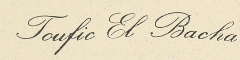
Toufic El Bacha